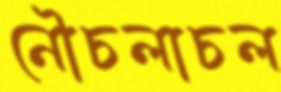
নৌচলাচল